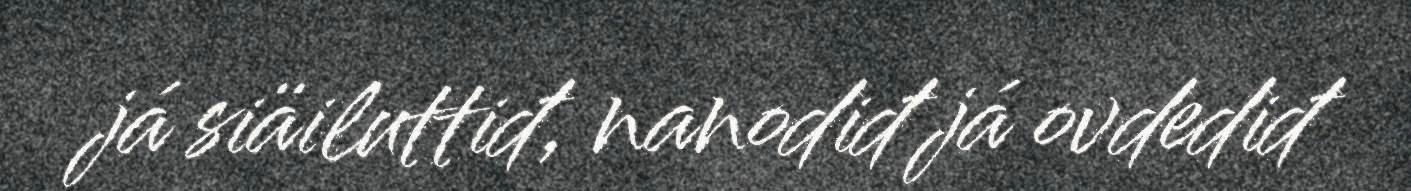
já siäiluttiđ, nanodiđ já ovdediđ